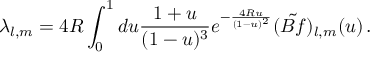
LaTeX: \lambda _ { l , m } = 4 R \int _ { 0 } ^ { 1 } d u \frac { 1 + u } { ( 1 - u ) ^ { 3 } } e ^ { - \frac { 4 R u } { ( 1 - u ) ^ { 2 } } } ( \tilde { B f } ) _ { l , m } ( u ) \, .